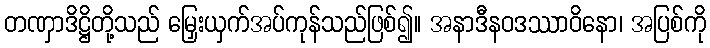
တဏှာဒိဋ္ဌိတို့သည် မြှေးယှက်အပ်ကုန်သည်ဖြစ်၍။ အနာဒီနဝဒဿာဝိနော၊ အပြစ်ကို